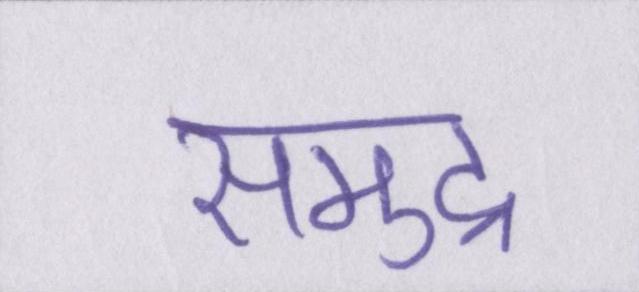
समुद्र